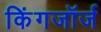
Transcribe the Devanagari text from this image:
किंगजॉर्ज